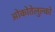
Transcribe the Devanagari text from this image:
ओकोतेलुल्को